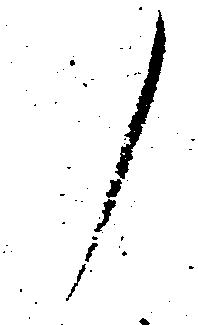
ノ